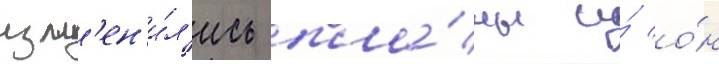
изм'ен'и́л'ись пла́ны и́ о́н